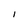
Character: I